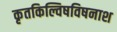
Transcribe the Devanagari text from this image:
कृतकिल्विषविषनाश